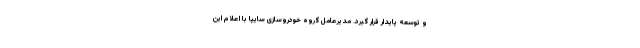
و توسعه پایدار قرار گیرد. مدیرعامل گروه خودروسازی سایپا با اعلام این